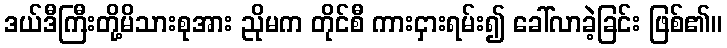
ဒယ်ဒီကြီးတို့မိသားစုအား ညိုမက တိုင်စီ ကားငှားရမ်း၍ ခေါ်လာခဲ့ခြင်း ဖြစ်၏။